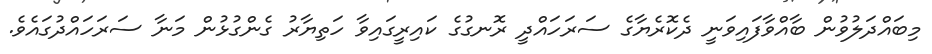
މިބައްދަލުވުން ބާއްވާފައިވަނީ ދެކޮރެޔާގެ ސަރަހައްދީ ރޮނގުގެ ކައިރީގައިވާ ހަތިޔާރު ގެންގުޅުން މަނާ ސަރަހައްދުގައެވެ.